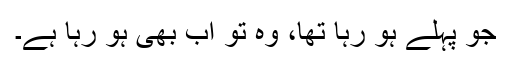
جو پہلے ہو رہا تھا، وہ تو اب بھی ہو رہا ہے۔